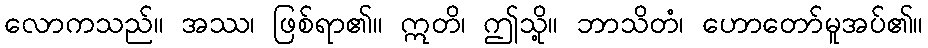
လောကသည်။ အဿ၊ ဖြစ်ရာ၏။ ဣတိ၊ ဤသို့။ ဘာသိတံ၊ ဟောတော်မူအပ်၏။